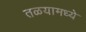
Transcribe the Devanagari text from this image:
तळयामध्ये